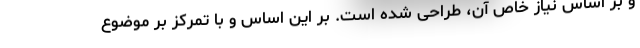
و بر اساس نیاز خاص آن، طراحی شده است. بر این اساس و با تمرکز بر موضوع